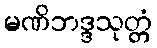
မဏိဘဒ္ဒသုတ္တံ